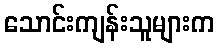
သောင်းကျန်းသူများက